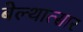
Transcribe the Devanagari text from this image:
बेल्थात्सार